Report on vaccination in the Province of Bengal - 1874-1889
Year: 1874
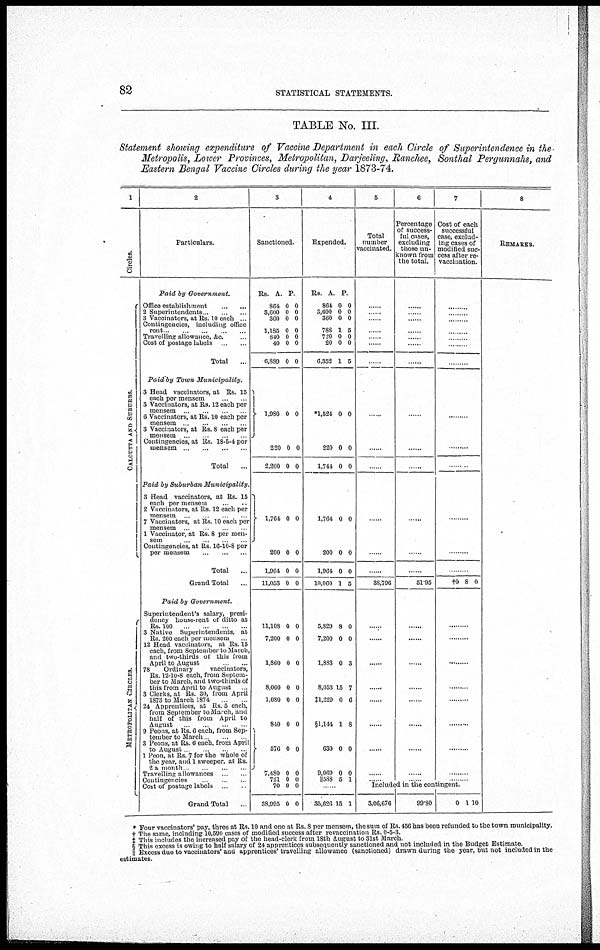
82
STATISTICAL STATEMENTS.
TABLE No. III.
Statement showing expenditure of Vaccine Department in each Circle of Superintendence in the-
Metropolis, Lower Provinces, Metropolitan, Darjeeling, Ranchee, Sonthal Pergunnahs, and
Eastern Bengal Vaccine Circles during the year 1873-74.
1
Circles.
CAL CUT T A AND S UBURBS .
ME T ROP OL IT
AN CI RCLES.
2
Particulars.
Paid by Government.
Office establishment
...
...
2 Superintendents ... ... ...
3 Vaccinators, at Rs. 10 each ...
Contingencies, including office
rent ... ... ... ... ...
Travelling allowance, &c. ...
Cost of postage labels
...
...
Total ...
Paid by Town
Municipality.
3 Head vaccinators, at Rs. 15
each per mensem
...
...
3 Vaccinators, at Rs. 12 each per
mensem
...
...
...
...
6 Vaccinators, at Rs. 10 each per
mensem
...
...
...
...
3 Vaccinators, at Rs. 8 each per
mensem
...
...
...
...
Contingencies, at Rs. 18-5-4 per
mensem...
...
...
...
Total ...
Paid by Suburban
Municipality.
3 Head vaccinators, at Rs. 15
each per mensem
...
...
2 Vaccinators, at Rs. 12 each per
mensem
...
...
...
...
7 Vaccinators, at Rs. 10 each per
mensem
...
...
...
...
1 Vaccinator, at Rs. 8 per men-
sem
...
...
...
...
Contingencies, at Rs. 16-10-8 per
per mensem
...
...
...
Total ...
Grand Total ...
Paid by Government.
Superintendent's salary, presi-
dency house-rent of ditto at
Rs. 100
...
...
...
...
3 Native Superintendents, at
Rs. 200 each per mensem ...
12 Head vaccinators, at Rs. 15
each, from September to March,
and two-thirds of this from
April to August
...
...
78
Ordinary
vaccinators,
Rs. 12-10-8 each, from Septem-
ber to March, and two-thirds of
this from April to August ...
3 Clerks, at Rs. 30, from April
1873 to March 1874
...
...
24 Apprentices, at Rs. 5 each,
from September to March, and
half of this from April to
August
...
...
...
...
9 Peons, at Rs. 6 each, from Sep-
tember to March ... ... ...
3 Peons, at Rs. 6 each, from April
to August ... ... ...
1 Peon, at Rs. 7 for the whole of
the year, and 1 sweeper, at Rs.
2 a month ... ... ... ...
Travelling allowances
...
...
Contingencies
...
...
...
Cost of postage labels ... ...
Grand Total ...
3
Sanctioned.
Rs.
864
3,600
360
1,185
840
40
6,889
1,980
220
2,200
A.
0
0
0
0
0
0
0
0
0
0
P.
0
0
0
0
0
0
0
0
0
0
1,764
200
1,964
11,053
11,108
7,200
1,860
8,060
1,080
840
576
7,480
721
70
38,995
0
0
0
0
0
0
0
0
0
0
0
0
0
0
0
0
0
0
0
0
0
0
0
0
0
0
0
0
0
0
4
Expended.
Rs.
864
3,600
360
788
720
20
6,352
*1,524
220
1,744
A.
0
0
0
1
0
0
1
0
0
0
P.
0
0
0
5
0
0
5
0
0
0
1,764
200
1,964
10,060
5,829
7,200
1,883
8,053
‡1,229
§1,144
630
9,069
||588
0
0
0
1
8
0
0
15
0
1
0
0
5
0
0
0
5
0
0
3
7
6
8
0
0
1
......
35,626 15 1
5
Total
number
vaccinated.
......
......
......
......
......
......
......
......
......
......
......
......
......
38,796
......
......
......
......
......
......
......
......
......
6
Percentage
of success-
ful cases,
excluding
those un-
known from
the total.
......
......
......
......
......
......
......
......
......
......
......
......
......
51.95
......
......
......
......
......
......
......
......
......
7
Cost of each
successful
case, exclud-
ing cases of
modified suc-
cess after re-
vaccination.
......
......
......
......
......
......
......
......
......
......
......
......
......
†0 8 0
......
......
......
......
......
......
......
......
......
Included in the contingent.
3,06,676
99.80
0 1 10
8
REMARKS.
* Four vaccinators' pay, three at Rs. 10 and one at Rs. 8 per mensem, the sum of Rs. 456 has been refunded to the town municipality.
† The same, including 10,590 cases of modified success after revaccination Rs. 0-5-3.
‡ This includes the increased pay of the head-clerk from 18th August to 31st March.
§ This excess is owing to half salary of 24 apprentices subsequently sanctioned and not included in the Budget Estimate.
|| Excess due to vaccinators' and apprentices' travelling allowance (sanctioned) drawn during the year, but not included in the
estimates.